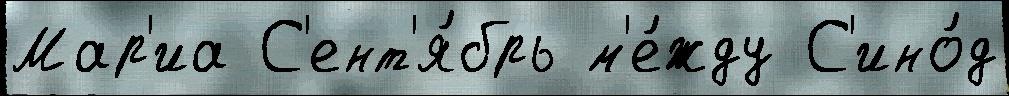
Мар'иа С'ент'я́брь м'е́жду С'ино́д